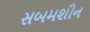
સબમશીન